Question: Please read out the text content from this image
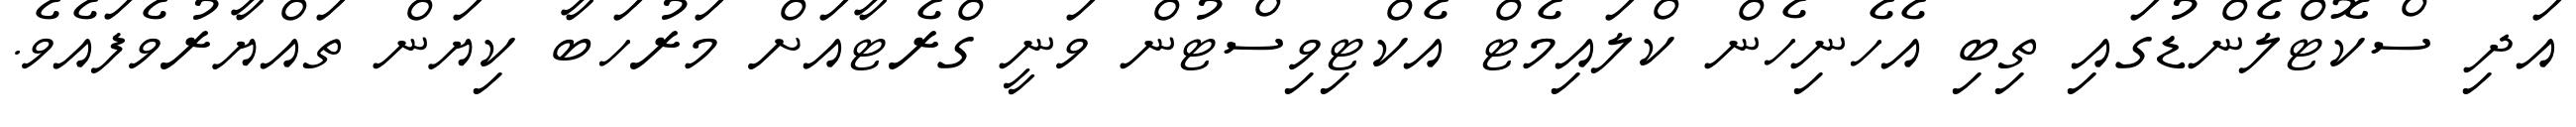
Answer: އަދި ސްކޮޓްލެންޑުގައި ތިބި އެހެނިހެން ކްލައިމެޓް އެކްޓިވިސްޓުން ވަނީ ގްރެޓާއަށް މަރުހަބާ ކިޔަން ތައްޔާރުވެފައެވެ.